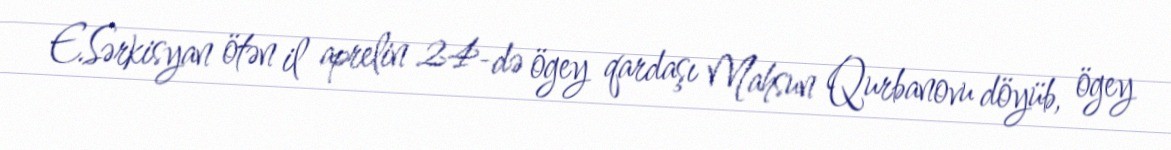
E.Sərkisyan ötən il aprelin 24-də ögey qardaşı Mahsun Qurbanovu döyüb, ögey